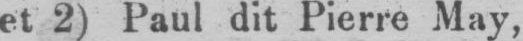
et 2) Paul dit Pierre May,